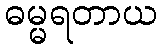
ဓမ္မရတာယ